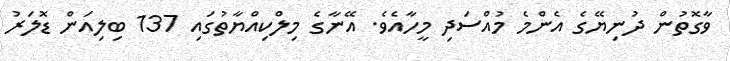
ވާގޮތުން ދުނިޔޭގެ އެންމެ މުއްސަދި މީހާއެވެ. އޭނާގެ މިލްކިއްޔާތުގައި 137 ބިލިއަން ޑޮލަރު